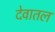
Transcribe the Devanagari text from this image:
देवातल